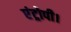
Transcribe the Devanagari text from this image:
एंट्रोपी।